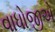
વાધોજીએ